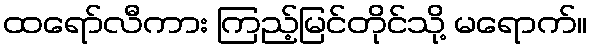
ထရော်လီကား ကြည့်မြင်တိုင်သို့ မရောက်။